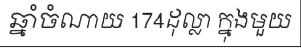
ឆ្នាំចំណាយ 174ដុល្លា ក្នុងមួយ